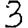
Digit: 3